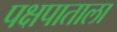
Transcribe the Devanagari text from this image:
पक्षपाताला